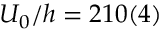
U _ { 0 } / h = 2 1 0 ( 4 )